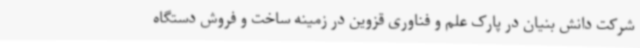
شرکت دانش بنیان در پارک علم و فناوری قزوین در زمینه ساخت و فروش دستگاه